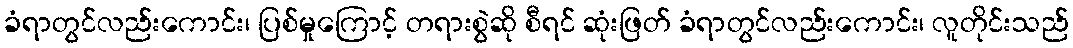
ခံရာတွင်လည်းကောင်း၊ ပြစ်မှုကြောင့် တရားစွဲဆို စီရင် ဆုံးဖြတ် ခံရာတွင်လည်းကောင်း၊ လူတိုင်းသည်